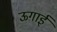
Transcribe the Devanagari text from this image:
ऊगाई